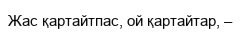
Жас қартайтпас, ой қартайтар, –